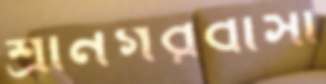
শ্রীনগরবাসী